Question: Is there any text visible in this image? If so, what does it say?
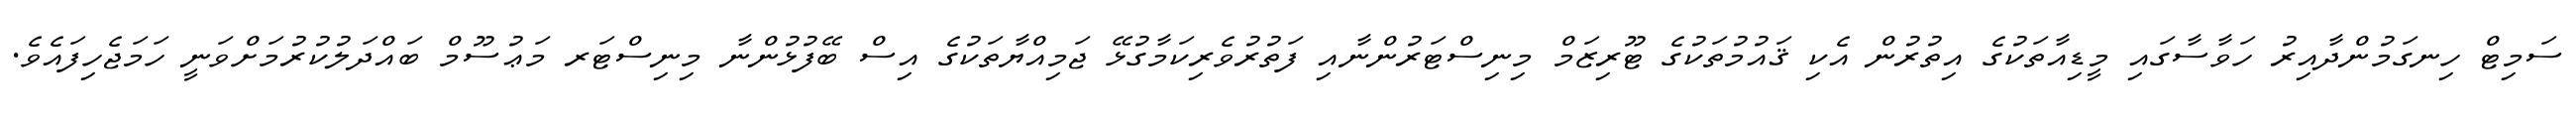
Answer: ސަމިޓް ހިނގަމުންދާއިރު ހަވާސާގައި މީޑިއާތަކުގެ އިތުރުން އެކި ޤައުމުތަކުގެ ޓޫރިޒަމް މިނިސްޓަރުންނާއި ފަތުރުވެރިކަމާގުޅޭ ޖަމިއްޔާތަކުގެ އިސް ބޭފުޅުންނާ މިނިސްޓަރ މަޢުސޫމް ބައްދަލުކުރުމަށްވަނީ ހަމަޖެހިފައެވެ.